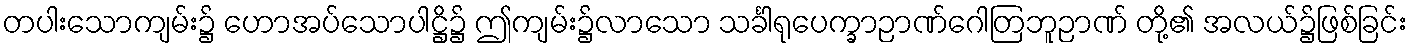
တပါးသောကျမ်း၌ ဟောအပ်သောပါဋ္ဌိ၌ ဤကျမ်း၌လာသော သင်္ခါရုပေက္ခာဉာဏ်ဂေါတြဘူဉာဏ် တို့၏ အလယ်၌ဖြစ်ခြင်း